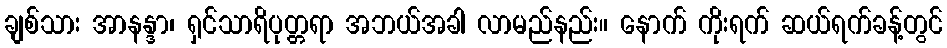
ချစ်သား အာနန္ဒာ၊ ရှင်သာရိပုတ္တရာ အဘယ်အခါ လာမည်နည်း။ နောက် ကိုးရက် ဆယ်ရက်ခန့်တွင်